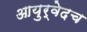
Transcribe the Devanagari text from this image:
आयुर्वेदच